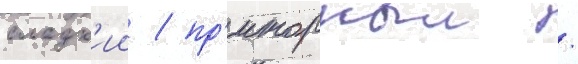
сладк'ии / пр'иторныи /